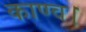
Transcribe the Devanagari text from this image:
काण्‍व।